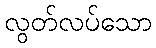
လွတ်လပ်သော